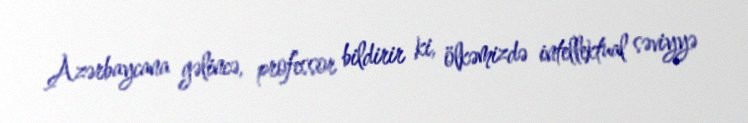
Azərbaycana gəlincə, professor bildirir ki, ölkəmizdə intellektual səviyyə